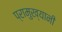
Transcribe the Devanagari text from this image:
प्रामुख्यानी